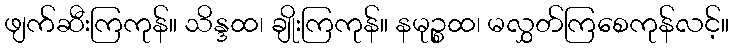
ဖျက်ဆီးကြကုန်။ သိန္ဒထ၊ ချိုးကြကုန်။ နမုဉ္စထ၊ မလွှတ်ကြစေကုန်လင့်။